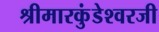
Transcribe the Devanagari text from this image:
श्रीमारकुंडेश्वरजी